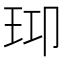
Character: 𤤑